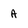
Character: A